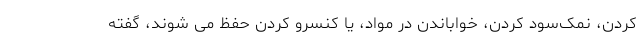
کردن، نمک‌سود کردن، خواباندن در مواد، یا کنسرو کردن حفظ می شوند، گفته